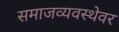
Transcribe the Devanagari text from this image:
समाजव्यवस्थेवर